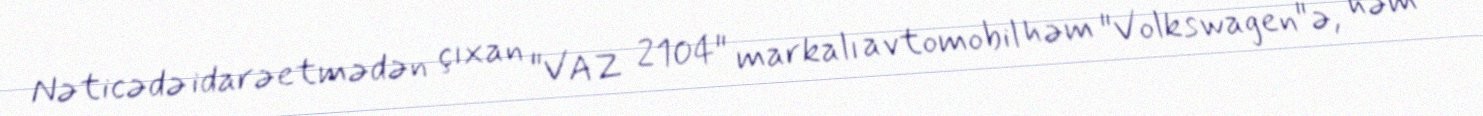
Nəticədə idarəetmədən çıxan "VAZ 2104" markalı avtomobil həm "Volkswagen"ə, həm